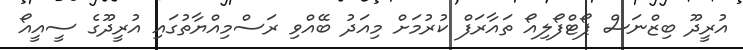
އުރީދޫ ބިޒްނަސް ޕޯޓްފޯލިއޯ ތައާރަފް ކުރުމަށް މިއަދު ބޭއްވި ރަސްމިއްޔާތުގައި އުރީދޫގެ ސީއީއޯ